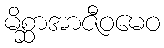
မိစ္ဆာအာဇီဝမေဝ